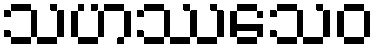
သဟဿသေဝ